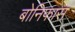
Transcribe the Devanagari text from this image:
बोनिफास